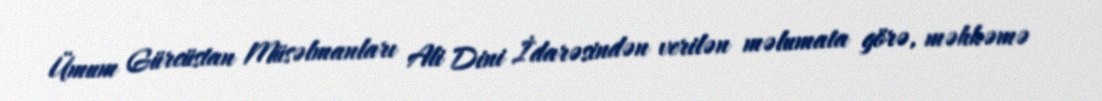
Ümum Gürcüstan Müsəlmanları Ali Dini İdarəsindən verilən məlumata görə, məhkəmə